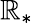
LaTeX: \mathbb{R}_{*}